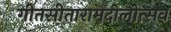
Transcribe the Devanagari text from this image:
गीतसीतारामदोलोत्सव